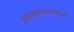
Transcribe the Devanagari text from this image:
बाबासाहेबानंतरचे